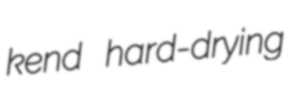
kend hard-drying